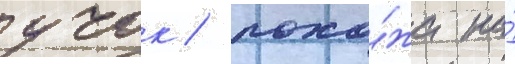
учок / похо́жа на́